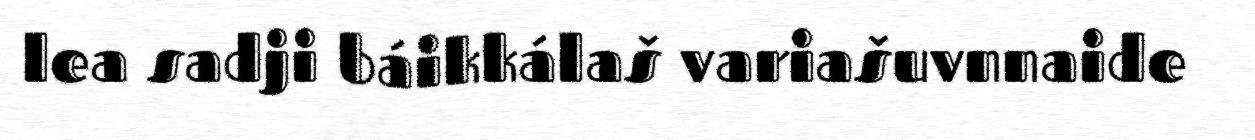
lea sadji báikkálaš variašuvnnaide